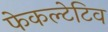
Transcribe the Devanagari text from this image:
फेकल्टेटिव